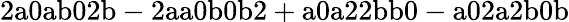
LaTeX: \mathrm{2a0ab02b-2aa0b0b2+a0a22bb0-a02a2b0b}